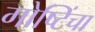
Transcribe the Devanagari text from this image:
गोष्टिंचा